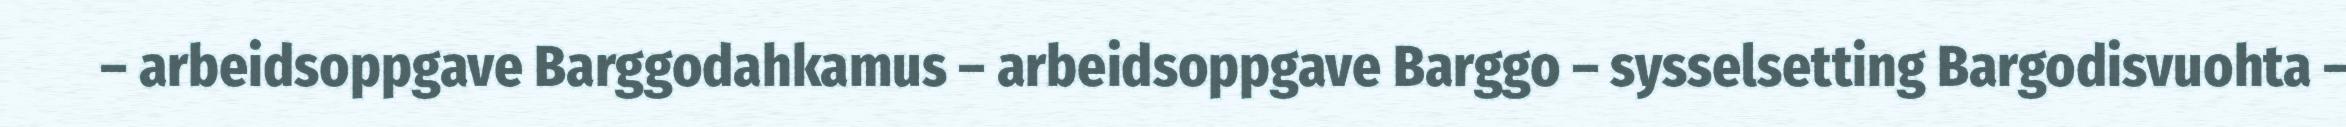
– arbeidsoppgave Barggodahkamus – arbeidsoppgave Barggo – sysselsetting Bargodisvuohta –